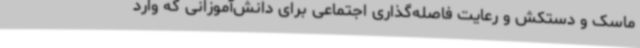
ماسک و دستکش و رعایت فاصله‌گذاری اجتماعی برای دانش‌آموزانی که وارد